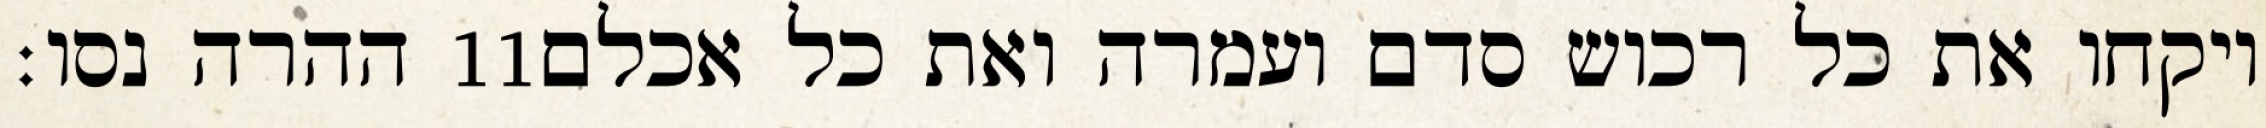
ההרה נסו׃ ‎11‏ ויקחו את כל רכוש סדם ועמרה ואת כל אכלם